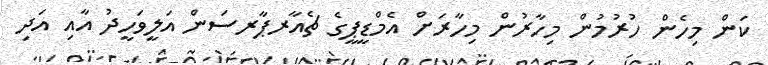
ކަން މިހެން ހުރުމުން މިހާރުން މިހާރަށް އެމްޑީޕީގެ ޗެއާރޕާރސަން އަލީވަހީދު އާއި އަދި